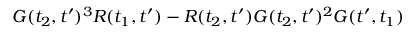
G ( t _ { 2 } , t ^ { \prime } ) ^ { 3 } R ( t _ { 1 } , t ^ { \prime } ) - R ( t _ { 2 } , t ^ { \prime } ) G ( t _ { 2 } , t ^ { \prime } ) ^ { 2 } G ( t ^ { \prime } , t _ { 1 } )